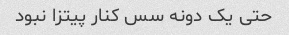
حتی یک دونه سس کنار پیتزا نبود